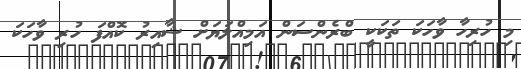
މި ހުރިހާ ވާހަކަ ތަކަކީ ބްރެންސަން އަމިއްލަޔަށް ޝާއިރު ކޮއްފަ ހުރި ވާހަކަ